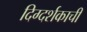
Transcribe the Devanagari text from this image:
दिग्दर्शकाची